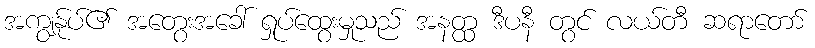
အကျွန်ုပ်၏ အတွေးအခေါ် ရှုပ်ထွေးမှုသည် အနတ္ထ ဒီပနီ တွင် လယ်တီ ဆရာတော်